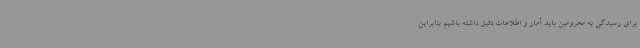
برای رسیدگی به محرومین باید آمار و اطلاعات دقیق داشته باشیم بنابراین